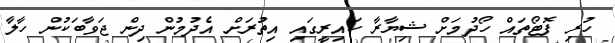
ހުރި ފޮޓޯތައް ހޯދުމަށް ޝިޔާރާ ކައިރީގައި އިތުރަށް އެދުމުން ދިން ޖަވާބަކުން ހާލާ